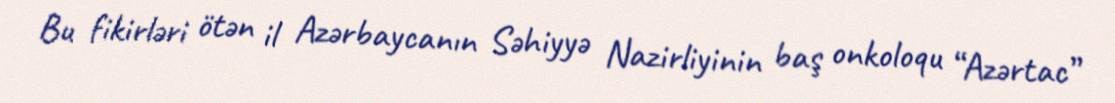
Bu fikirləri ötən il Azərbaycanın Səhiyyə Nazirliyinin baş onkoloqu “Azərtac”